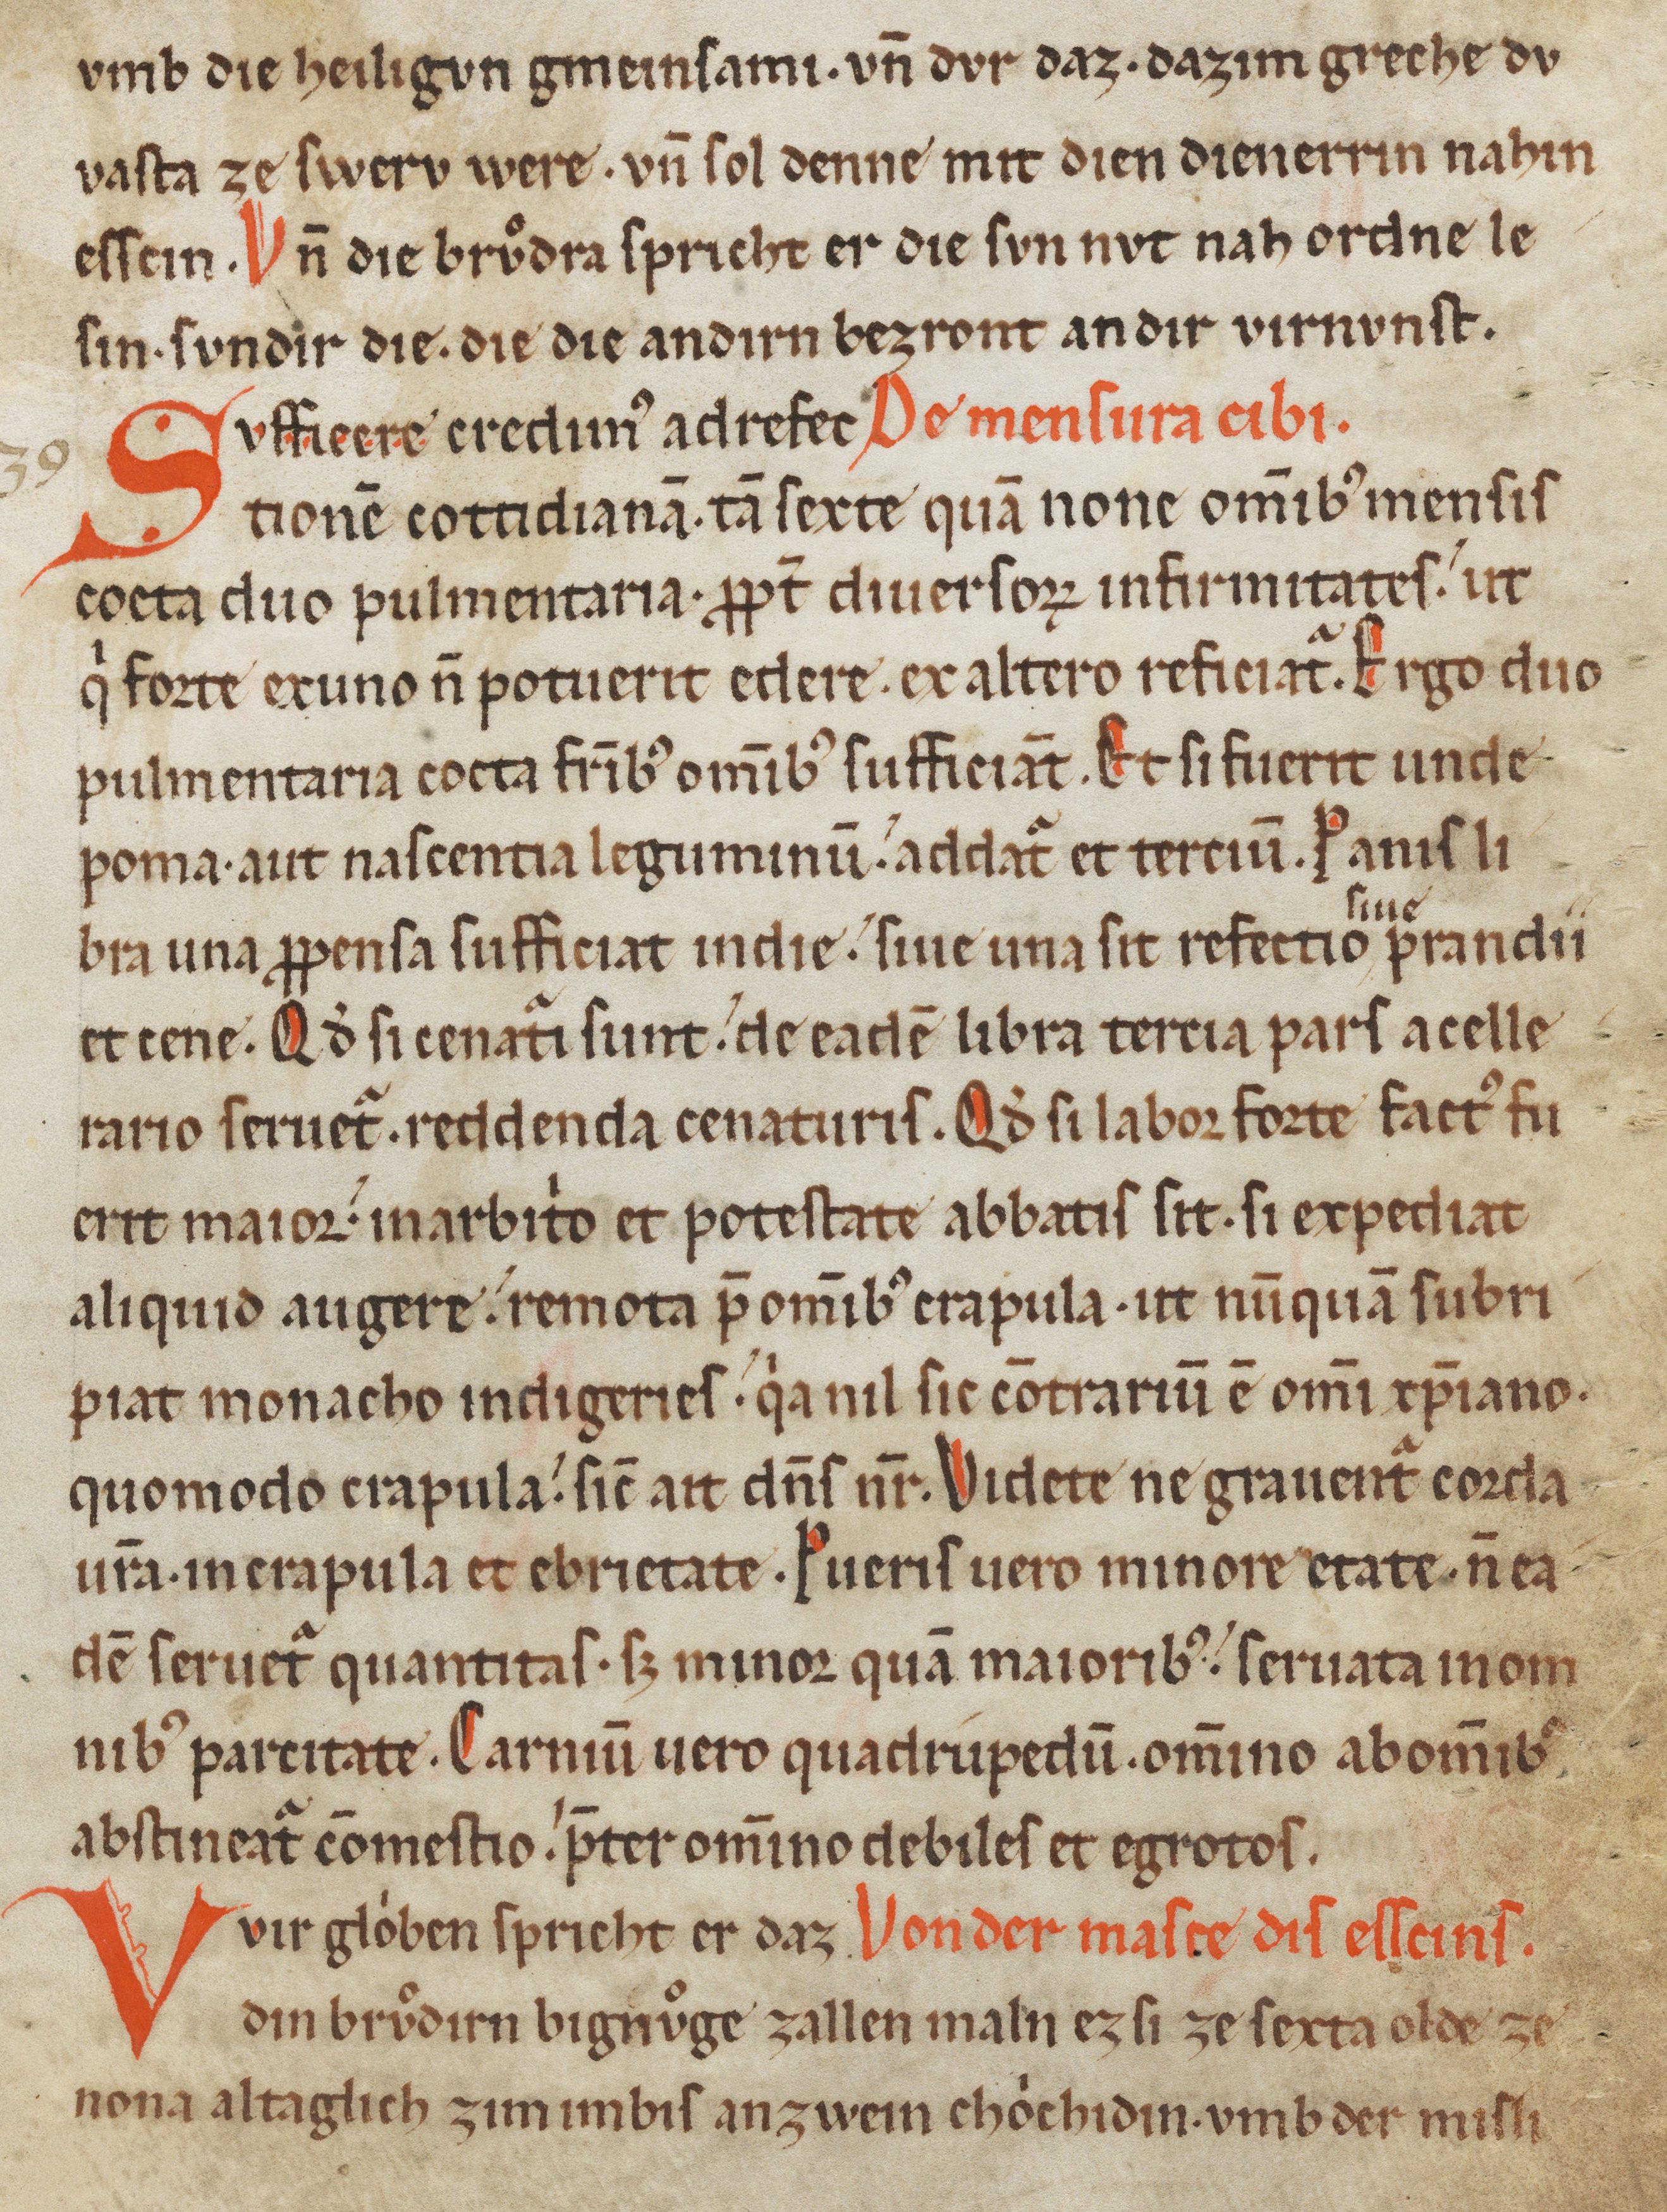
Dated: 1200–1299